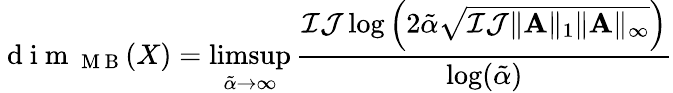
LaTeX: \mathrm{~d~i~m~}_{\mathrm{~M~B~}}(X)=\operatorname*{limsup}_{\tilde{\alpha}\rightarrow\infty}\frac{\mathcal{I}\mathcal{J}\log\left(2\tilde{\alpha}\sqrt{\mathcal{I}\mathcal{J}\| \mathbf{A}\| _{1}\| \mathbf{A}\| _{\infty}}\right)}{\log(\tilde{\alpha})}